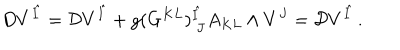
D V ^ { \hat { I } } = { \cal D } V ^ { \hat { I } } + g ( G ^ { K L } ) _ { ~ J } ^ { \hat { I } } A _ { K L } \wedge V ^ { J } = { \cal D } V ^ { \hat { I } } \, .